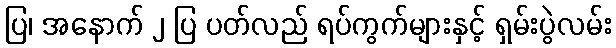
ပြ၊ အနောက် ၂ ပြ ပတ်လည် ရပ်ကွက်များနှင့် ရှမ်းပွဲလမ်း